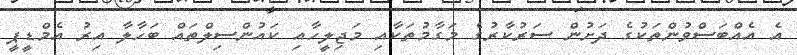
އެ އެއްބަސްވުންތަކުގެ ދަށުން ސަރުކާރުގެ މަގާމުތަކާއި މަޖިލީހާއި ކައުންސިލްތައް ބަހާލާ އިރު އެމްޑީޕީ